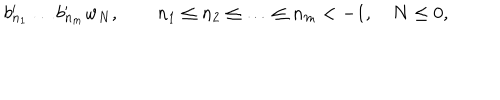
b _ { n _ { 1 } } ^ { \prime } \ldots b _ { n _ { m } } ^ { \prime } w _ { N } , \quad \quad n _ { 1 } \leq n _ { 2 } \leq \ldots \leq n _ { m } < - 1 , \quad N \leq 0 ,